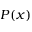
P ( x )